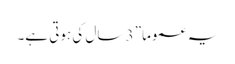
یہ عموما” 3 سال کی ہوتی ہے۔